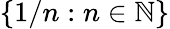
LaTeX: \{ 1/n:n\in\mathbb{N}\}